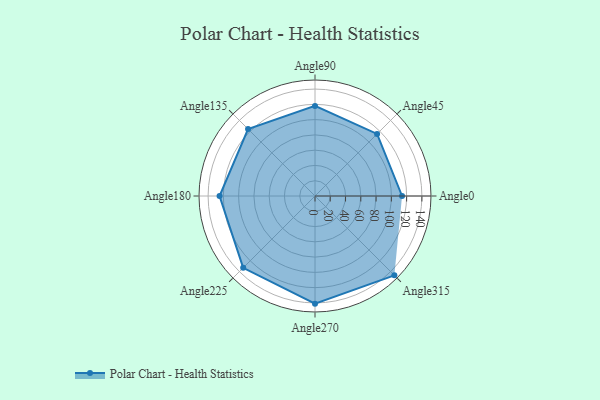
{"axis": {"x": "Angle", "y": "Radius"}, "legend": [""], "data": [{"x": "Angle0", "y": 114.0, "type": ""}, {"x": "Angle45", "y": 115.0, "type": ""}, {"x": "Angle90", "y": 118.0, "type": ""}, {"x": "Angle135", "y": 124.0, "type": ""}, {"x": "Angle180", "y": 125.0, "type": ""}, {"x": "Angle225", "y": 133.0, "type": ""}, {"x": "Angle270", "y": 141.0, "type": ""}, {"x": "Angle315", "y": 147.0, "type": ""}]}